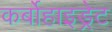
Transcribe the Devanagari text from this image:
कर्बोहाइड्रेट